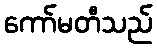
ကော်မတီသည်